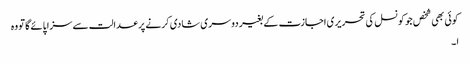
کوئی بھی شخص جو کونسل کی تحریری اجازت کے بغیر دوسری شادی کرنے پر عدالت سے سزا پائے گا تو وہ
ا ۔